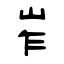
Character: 岝